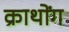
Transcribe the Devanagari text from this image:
क्राथोंग